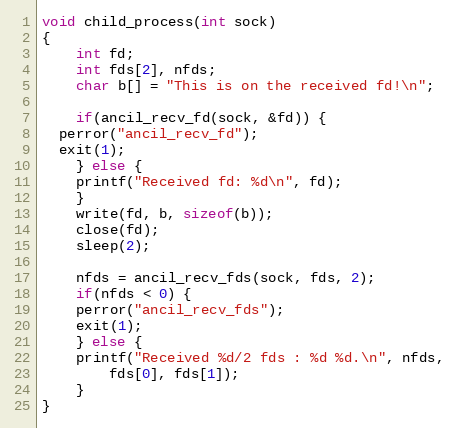
Language: C
void child_process(int sock)
{
    int fd;
    int fds[2], nfds;
    char b[] = "This is on the received fd!\n";

    if(ancil_recv_fd(sock, &fd)) {
  perror("ancil_recv_fd");
  exit(1);
    } else {
	printf("Received fd: %d\n", fd);
    }
    write(fd, b, sizeof(b));
    close(fd);
    sleep(2);

    nfds = ancil_recv_fds(sock, fds, 2);
    if(nfds < 0) {
	perror("ancil_recv_fds");
	exit(1);
    } else {
	printf("Received %d/2 fds : %d %d.\n", nfds,
	    fds[0], fds[1]);
    }
}